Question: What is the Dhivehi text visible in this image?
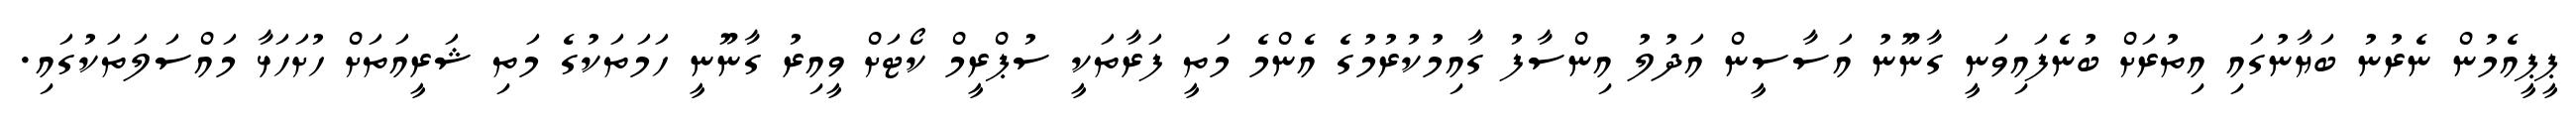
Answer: ޕީޕީއެމުން ނެރުނު ބަޔާނުގައި އިތުރަށް ބުނެފައިވަނީ ގާނޫނު އަސާސީން އަދުލު އިންސާފު ގާއިމުކުރުމުގެ އެންމެ މަތީ ފަރާތަކީ ސުޕްރީމް ކޯޓަށް ވީއިރު ގާނޫނީ ހަމަތަކުގެ މަތި ޝަރީއަތަށް ހުށަހަޅާ މައްސަލަތަކުގައި.